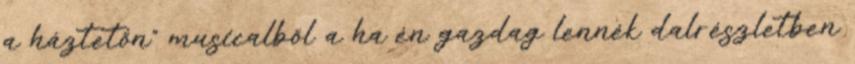
a háztetőn” musicalből a ha én gazdag lennék dalrészletben